65_HS1-834228961_62-HQ-83894_Section_6
Agency: FBI
Page 215
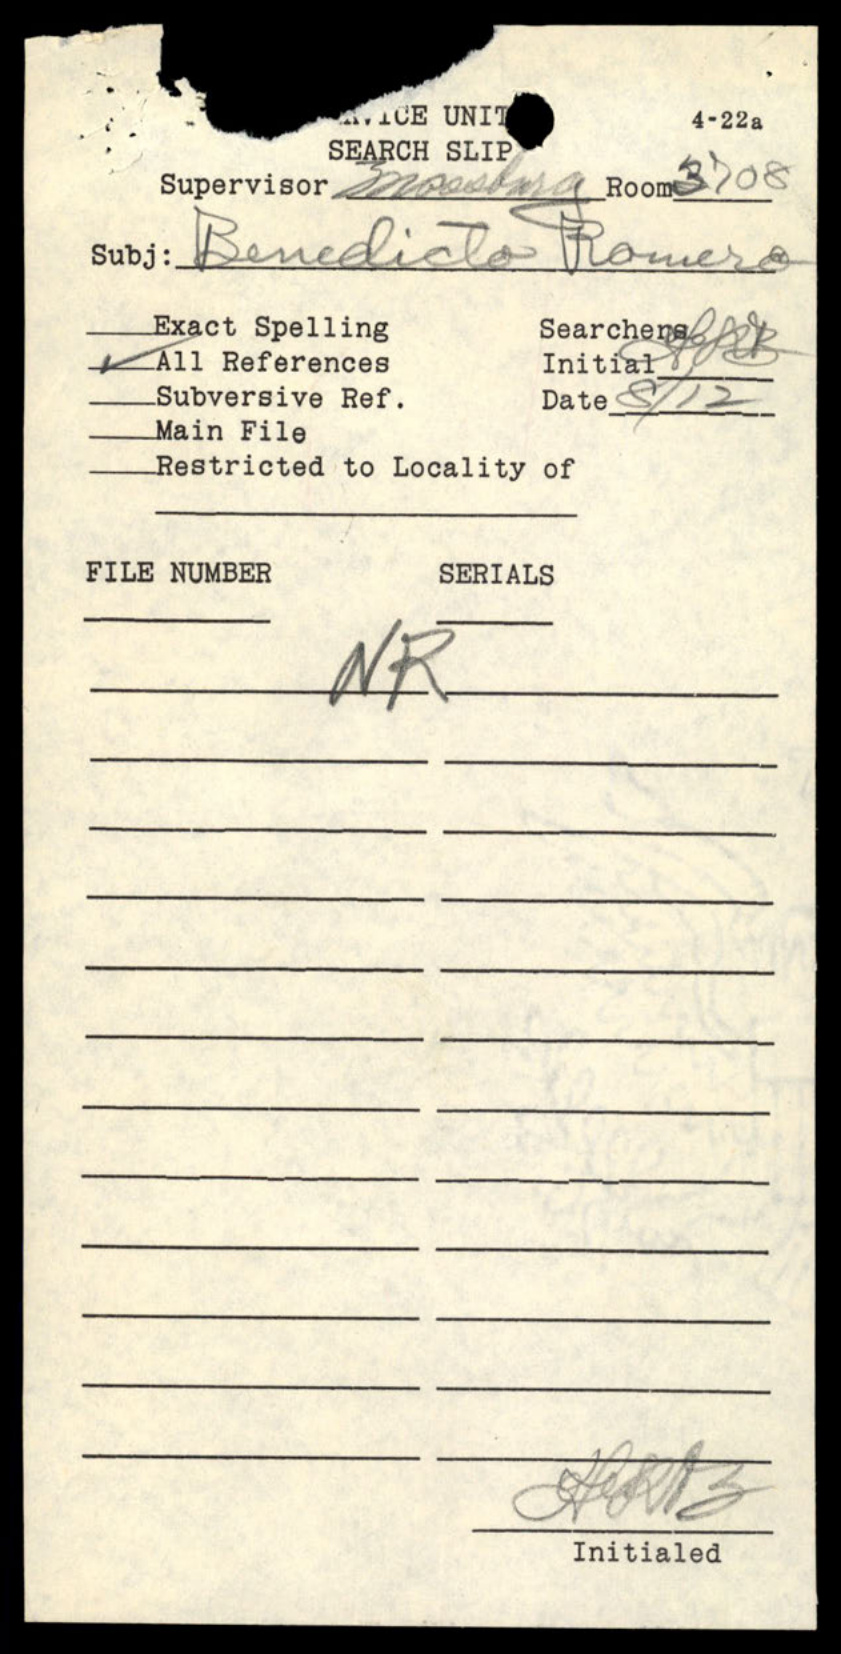